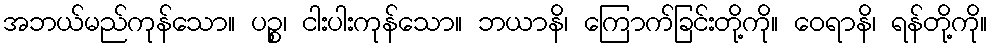
အဘယ်မည်ကုန်သော။ ပဉ္စ၊ ငါးပါးကုန်သော။ ဘယာနိ၊ ကြောက်ခြင်းတို့ကို။ ဝေရာနိ၊ ရန်တို့ကို။